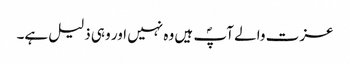
عزت والے آپؐ ہیں وہ نہیں اور وہی ذلیل ہے۔